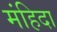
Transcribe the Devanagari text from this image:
मंहिदा